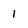
Character: 1